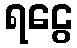
ရငွေ